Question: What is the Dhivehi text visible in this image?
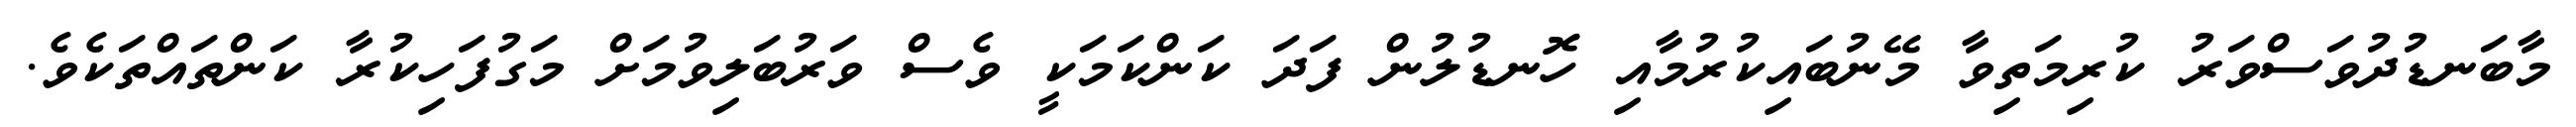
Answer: މާބަނޑުދުވަސްވަރު ކުރިމަތިވާ މޭނުބައިކުރުމާއި ހޮނޑުލުން ފަދަ ކަންކަމަކީ ވެސް ވަރުބަލިވުމަށް މަގުފަހިކުރާ ކަންތައްތަކެވެ.